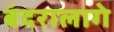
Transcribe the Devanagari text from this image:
बंदरालागे